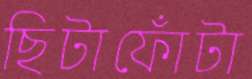
ছিটাফোঁটা